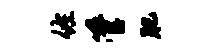
佐管肥